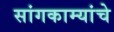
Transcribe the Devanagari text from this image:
सांगकाम्यांचे